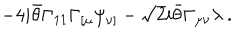
- 4 i \bar { \theta } \Gamma _ { 1 1 } \Gamma _ { [ \mu } \psi _ { \nu ] } - \sqrt { 2 } i \bar { \theta } \Gamma _ { \mu \nu } \lambda ~ .